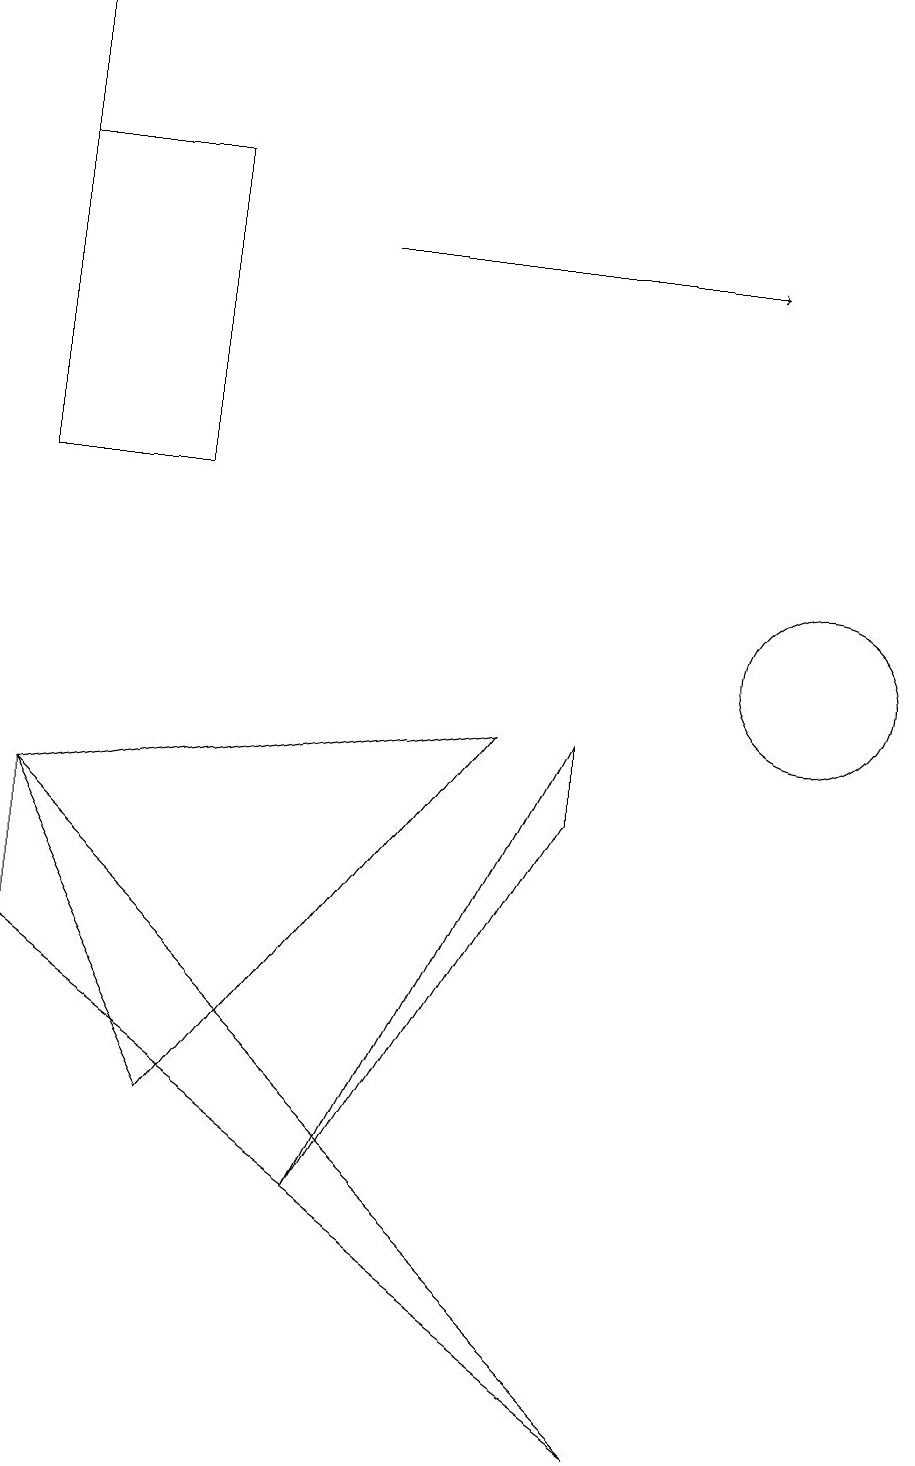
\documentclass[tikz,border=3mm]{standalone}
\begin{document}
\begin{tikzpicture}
\draw (0,12) rectangle (2,16);
\draw (10,12) circle (0);
\draw (0,6) -- (8,0) -- (0,8) -- cycle;
\draw (7,8) -- (7,9) -- (4,3) -- cycle;
\draw (2,4) -- (6,9) -- (0,8) -- cycle;
\draw (10,10) circle (1);
\draw[->] (4,15) -- (9,15);
\draw[->] (0,15) -- (0,18);
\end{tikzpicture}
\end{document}